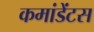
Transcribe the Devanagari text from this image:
कमांडेंटस